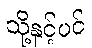
သို့နှင့်ပင်